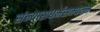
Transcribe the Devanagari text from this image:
संन्यासधर्मसम्पन्न